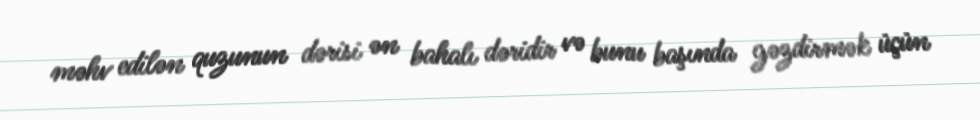
məhv edilən quzunun dərisi ən bahalı dəridir və bunu başında gəzdirmək üçün